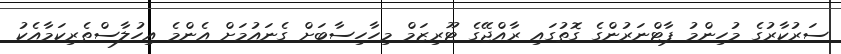
ސަރުކާރުގެ މުހިންމު ޕާޓްނަރުންގެ ގޮތުގައި ރާއްޖޭގެ ޓޫރިޒަމް މިހާހިސާބަށް ގެނައުމަށް އެންމެ އިހުލާސްތެރިކަމާއެކު